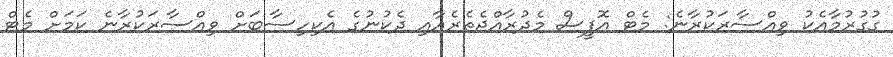
ގުގުރުމާއެކު ވިއްސާރަކުރާނެ: މެޓް އޮފީސް މެދުރާއްޖެތެރެއާއި ދެކުނުގެ އެކިހިސާބަށް ވިއްސާރަކުރާނެ ކަމަށް މެޓް